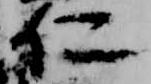
仁